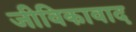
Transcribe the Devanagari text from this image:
जीविकावाद